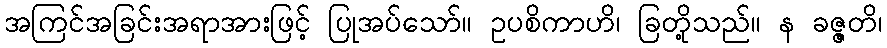
အကြင်အခြင်းအရာအားဖြင့် ပြုအပ်သော်။ ဥပစိကာဟိ၊ ခြတို့သည်။ န ခဇ္ဇတိ၊